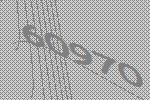
60970